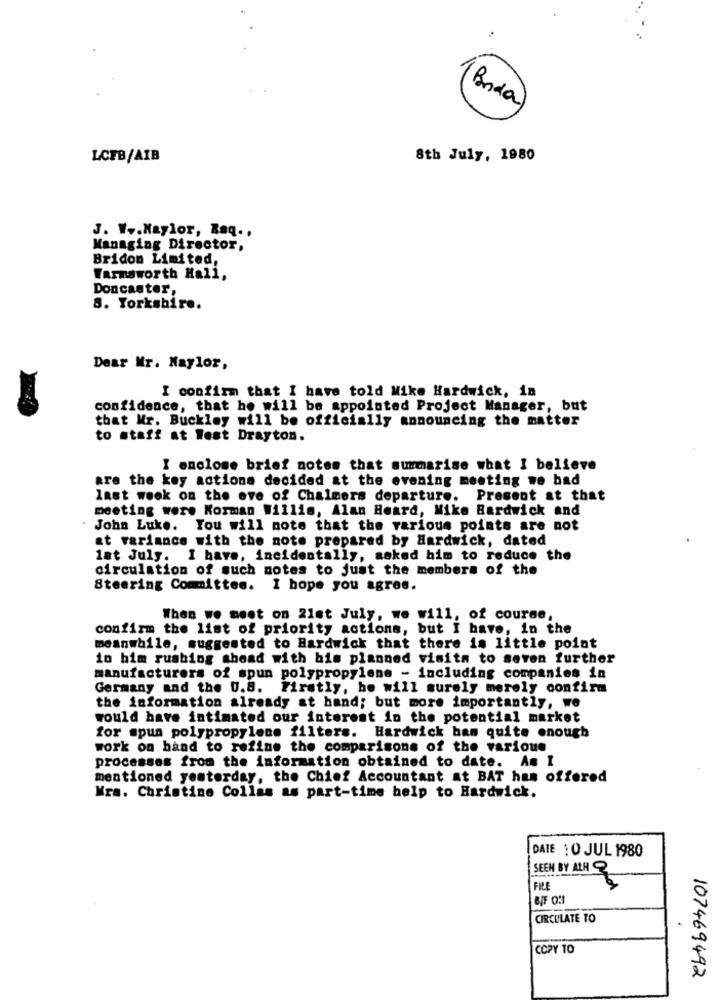
( Boda
LCFB/AIB
8th July, 1980
J. W .. Haylor, Raq .,
Managing Director,
Bridon Limited,
Warmsworth Hall,
Doncaster,
8. Yorkshire.
Dear Mr. Naylor,
I confirm that I have told Mike Hardwick, in
confidence, that he will be appointed Project Manager, but
that Mr. Buckley will be officially announcing the matter
to staff at West Drayton.
I enclose brief notes that summarise what I believe
are the key actions decided at the evening meeting we bad
last week on the eve of Chalmers departure. Present at that
meeting were Korman Willis, Alan Heard, Mike Hardwick and
John Luke. You will note that the various points are not
at variance with the note prepared by Hardwick, dated
1at July. I have, incidentally, asked him to reduce the
circulation of such notes to just the members of the
Steering Committee. I hope you agree.
When we meet on 21st July, we will, of course,
confirm the list of priority actions, but I have, in the
meanwhile, suggested to Hardwick that there is little point
in bim ruabing ahead with his planned visits to seven further
manufacturers of spun polypropylene - including companies in
Germany and the 0.8.
Firstly, he will surely merely confirm
the information already at hand; but more importantly, we
would have intimated our interest in the potential market
for spun polypropylene filters. Hardwick bam quite enough
work on hand to refine the comparisons of the various
processes from the information obtained to date. Am I
mentioned yesterday, the Chief Accountant at BAT has offered
Mra. Christine Collas as part-time help to Hardwick.
DATE :0 JUL 1980
SEEN BY ALH
FILE
B/F 0:1
CIRCULATE TO
COPY TO
107469492